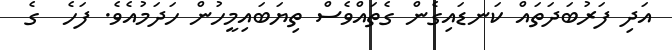
އަދި ފަރުބަދަތައް ކަނޑައިގެން ގެތައްވެސް ތިޔަބައިމީހުން ހަދަމުއެވެ. ފަހެ  ގެ